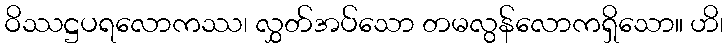
ဝိဿဋ္ဌပရလောကဿ၊ လွှတ်အပ်သော တမလွန်လောကရှိသော။ ဟိ၊